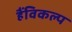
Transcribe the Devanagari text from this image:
हैंविकल्प